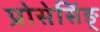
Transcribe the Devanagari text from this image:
प्रोसेसिंङ्